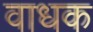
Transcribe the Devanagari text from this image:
वाधक